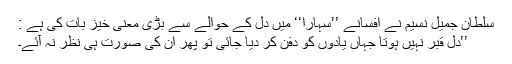
سلطان جمیل نسیم نے افسانے ’’سہارا‘‘ میں دل کے حوالے سے بڑی معنی خیز بات کی ہے :
’’دل قبر نہیں ہوتا جہاں یادوں کو دفن کر دیا جائی تو پھر ان کی صورت ہی نظر نہ آئے۔